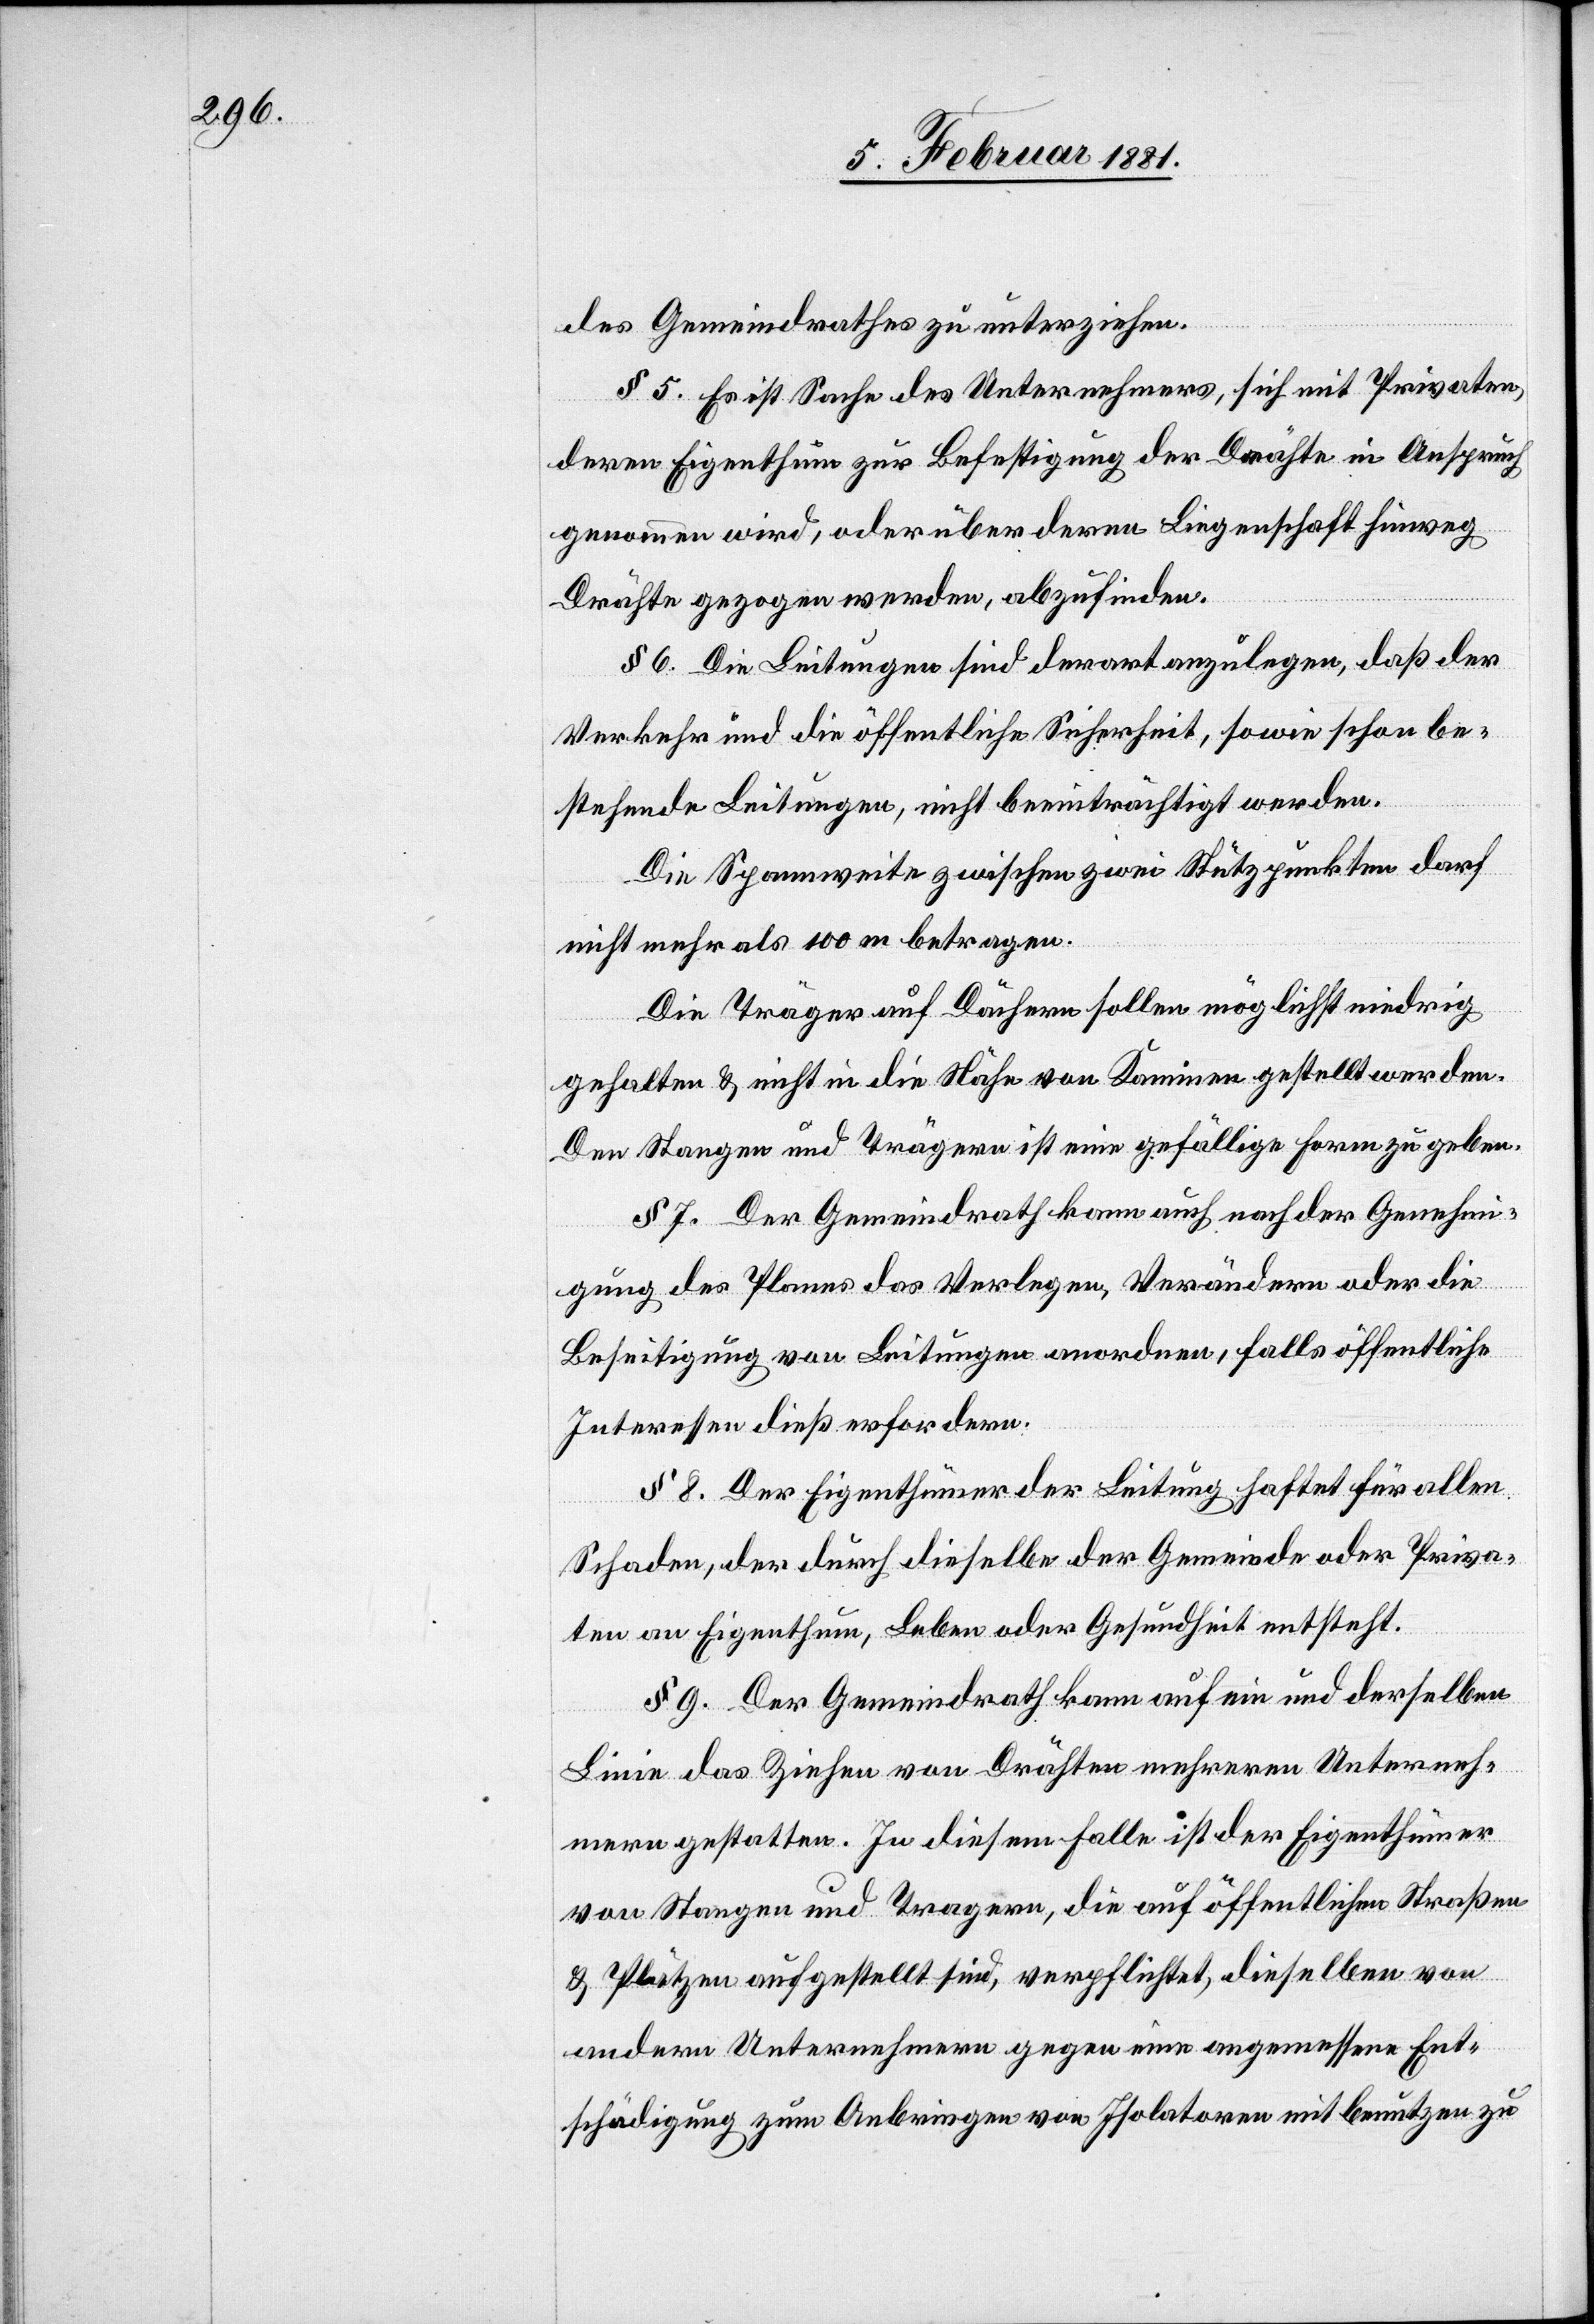
des Gemeindrathes zu unterziehen.
§ 5. Es ist Sache des Unternehmers, sich mit Privaten,
deren Eigenthum zur Befestigung der Drähte in Anspruch
genommen wird, oder über deren Liegenschaft hinweg
Drähte gezogen werden, abzufinden.
§ 6. Die Leitungen sind derart anzulegen, daß der
Verkehr und die öffentliche Sicherheit, sowie schon be¬
stehende Leitungen, nicht beeinträchtigt werden.
Die Spannweite zwischen zwei Stützpunkten darf
nicht mehr als 100 m betragen.
Die Träger auf Dächern sollen möglichst niedrig
gehalten & nicht in die Nähe von Kaminen gestellt werden.
Den Stangen und Trägern ist eine gefällige Form zu geben.
§ 7 Der Gemeindrath kann auch nach der Genehmi¬
gung des Planes das Verlegen, Verändern oder die
Beseitigung von Leitungen anordnen, falls öffentliche
Interessen dieß erfordern.
§ 8. Der Eigenthümer der Leitung haftet für allen
Schaden, der durch dieselbe der Gemeinde oder Priva¬
ten an Eigenthum, Leben oder Gesundheit entsteht.
§ 9. Der Gemeindrath kann auf ein und derselben
Linie das Ziehen von Drähten mehreren Unterneh¬
mern gestatten. In diesem Falle ist der Eigenthümer
von Stangen und Tragern [sic!], die auf öffentlichen Straßen
& Plätzen aufgestellt sind, verpflichtet, dieselben von
andern Unternehmern gegen eine angemessene Ent¬
schädigung zum Anbringen von Isolatoren mit benutzen zu